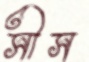
সীস